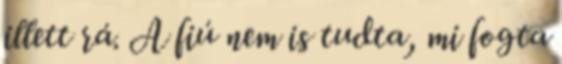
illett rá. A fiú nem is tudta, mi fogta